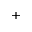
+